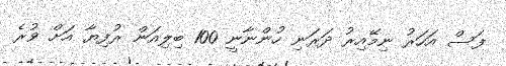
ފަސް އަހަރު ނިމޭއިރު ދަރަނި ހުންނާނީ 100 ބިލިއަން ރުފިޔާ އަށް ވުރެ